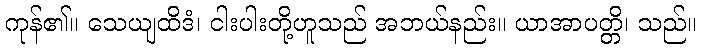
ကုန်၏။ သေယျထိဒံ၊ ငါးပါးတို့ဟူသည် အဘယ်နည်း။ ယာအာပတ္တိ၊ သည်။